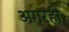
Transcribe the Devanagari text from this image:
अगरही